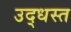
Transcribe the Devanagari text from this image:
उद्‌धस्त